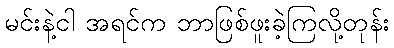
မင်းနဲ့ငါ အရင်က ဘာဖြစ်ဖူးခဲ့ကြလို့တုန်း